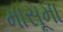
માસૂમા